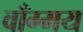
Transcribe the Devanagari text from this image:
वाँग्मय